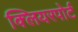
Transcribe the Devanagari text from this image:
क्लियरपोर्ट